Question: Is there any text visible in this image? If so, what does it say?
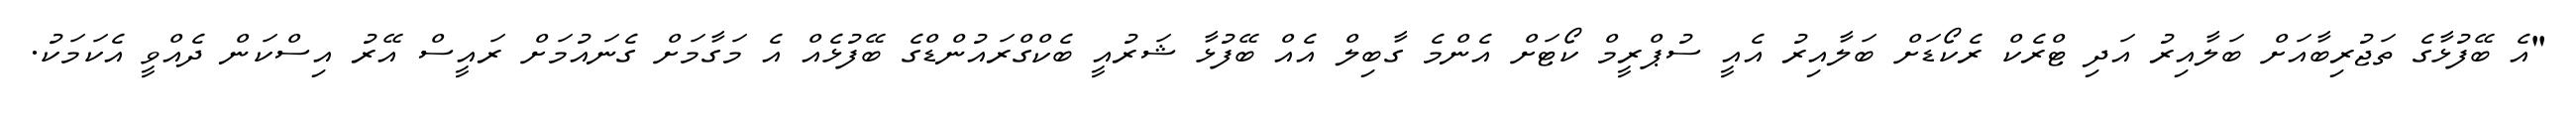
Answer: "އެ ބޭފުޅާގެ ތަޖުރިބާއަށް ބަލާއިރު އަދި ޓްރެކް ރެކޯޑަށް ބަލާއިރު އެއީ ސުޕްރީމް ކޯޓަށް އެންމެ ގާބިލް އެއް ބޭފުޅާ ޝަރުއީ ބެކްގްރައުންޑްގެ ބޭފުޅެއް އެ މަގާމަށް ގެނައުމަށް ރައީސް އޭރު އިސްކަން ދެއްވީ އެކަމަކު.